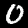
Digit: 0